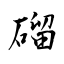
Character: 磂